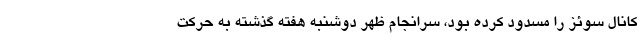
کانال سوئز را مسدود کرده بود، سرانجام ظهر دوشنبه هفته گذشته به حرکت